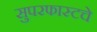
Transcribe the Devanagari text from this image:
सुपरफास्टचे